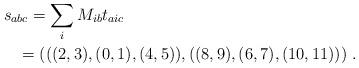
LaTeX: \begin{align*}\begin{multlined}s_{abc}=\sum_iM_{ib}t_{aic}\\=(((2,3),(0,1),(4,5)),((8,9),(6,7),(10,11)))\;.\end{multlined}\end{align*}